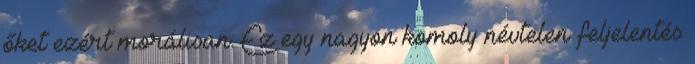
őket ezért morálisan. Ez egy nagyon komoly névtelen feljelentés